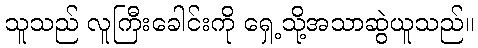
သူသည် လူကြီးခေါင်းကို ရှေ့သို့အသာဆွဲယူသည်။